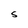
Character: S